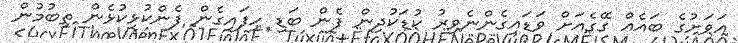
އަވަށުގެ ބައެއް ގޭގެއަށް ވަޑައިގެންނެވިރު ކުޑަކުދިން ފެން ބަޑި ހިފައިގެން ފެންކުޅިކުޅެން ތިބުމުން